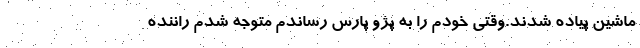
ماشین پیاده شدند.وقتی خودم را به پژو پارس رساندم متوجه شدم راننده